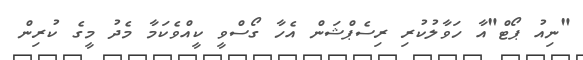
"ނިއު ޕޯޓް"އާ ހަވާލުކުރި ރިސެޕްޝަން އެހާ ގޯސްވީ ކީއްވެކަމާ މެދު މީގެ ކުރިން